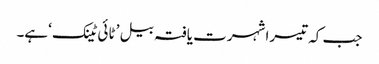
​جب کہ تیسرا شہرت یافتہ بیل ’ ٹائی ٹینک ‘ہے۔